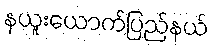
နယူးယောက်ပြည်နယ်